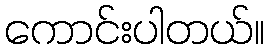
ကောင်းပါတယ်။